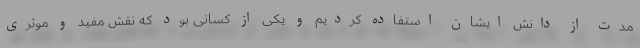
مدت از دانش ایشان استفاده کردیم و یکی از کسانی بود که نقش مفید و موثری